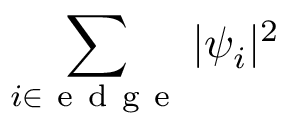
\sum _ { i \in \mathrm { ~ e ~ d ~ g ~ e ~ } } | \psi _ { i } | ^ { 2 }